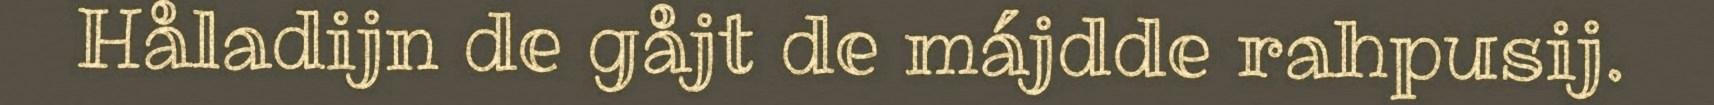
Håladijn de gåjt de májdde rahpusij.